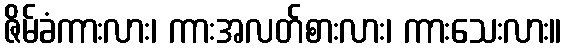
ဇိမ်ခံကားလား၊ ကားအလတ်စားလား၊ ကားသေးလား။